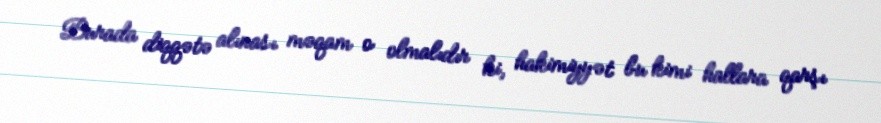
Burada diqqətə alınası məqam o olmalıdır ki, hakimiyyət bu kimi hallara qarşı